Annual report of the Imperial Bacteriological Laboratory, Muktesar
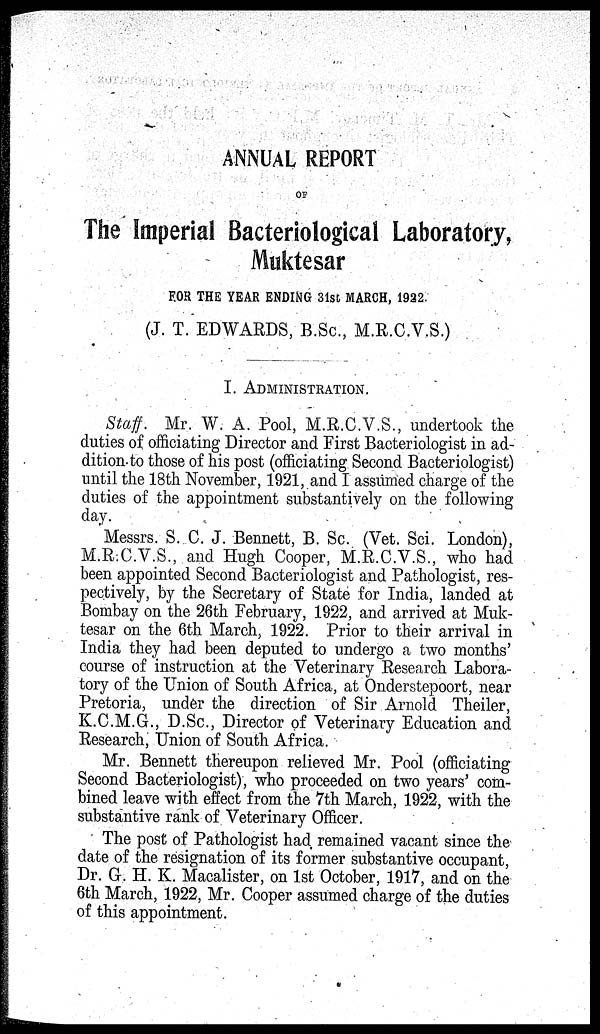
ANNUAL REPORT
OF
The Imperial Bacteriological Laboratory,
Muktesar
FOR THE YEAR ENDING 31st MARCH, 1922.
(J. T. EDWARDS, B.Sc., M.R.C.V.S.)
I. ADMINISTRATION.
Staff. Mr. W. A. Pool, M.R.C.V.S., undertook the
duties of officiating Director and First Bacteriologist in ad-
dition to those of his post (officiating Second Bacteriologist)
until the 18th November, 1921, and I assumed charge of the
duties of the appointment substantively on the following
day.
Messrs. S. C. J. Bennett, B. Sc. (Vet. Sci. London),
M.R.C.V.S., and Hugh Cooper, M.R.C.V.S., who had
been appointed Second Bacteriologist and Pathologist, res-
pectively, by the Secretary of State for India, landed at
Bombay on the 26th February, 1922, and arrived at Muk-
tesar on the 6th March, 1922. Prior to their arrival in
India they had been deputed to undergo a two months'
course of instruction at the Veterinary Research Labora-
tory of the Union of South Africa, at Onderstepoort, near
Pretoria, under the direction of Sir Arnold Theiler,
K.C.M.G., D.Sc., Director of Veterinary Education and
Research, Union of South Africa.
Mr. Bennett thereupon relieved Mr. Pool (officiating
Second Bacteriologist), who proceeded on two years' com-
bined leave with effect from the 7th March, 1922, with the
substantive rank of Veterinary Officer.
The post of Pathologist had remained vacant since the
date of the resignation of its former substantive occupant,
Dr. G. H. K. Macalister, on 1st October, 1917, and on the
6th March, 1922, Mr. Cooper assumed charge of the duties
of this appointment.